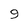
Character: 9